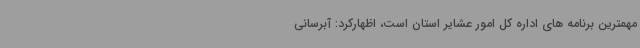
مهمترین برنامه های اداره کل امور عشایر استان است، اظهارکرد: آبرسانی